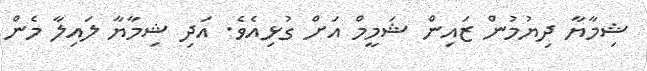
ޝިމާޔާ ދިޔުމުން ޒައިން ޝަމީމް އަށް ގުޅިއެވެ. އަދި ޝިމާޔާ ލައިލާ މެން